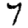
Digit: 7